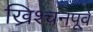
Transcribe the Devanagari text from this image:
ख्रिश्चनपूर्व